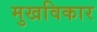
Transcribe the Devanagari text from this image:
मुखविकार